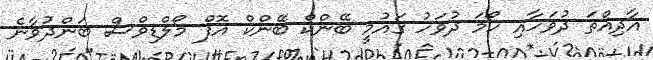
އާދިއްތަ ދުވަހާއި ހޯމަ ދުވަހު ގައުމީ ބޭންކް ބޭންކް އޮފް މޯލްޑިވްސް ބަންދުވާނެ